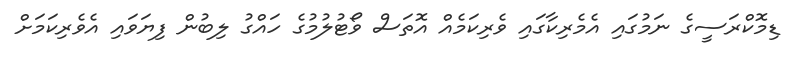
ޑިމޮކްރަސީގެ ނަމުގައި އެމެރިކާގައި ވެރިކަމެއް އޮތަސް ވޯޓުލުމުގެ ހައްގު ލިބުން ފިޔަވައި އެވެރިކަމަށް